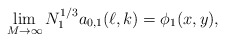
\begin{align*}\lim_{M\to\infty} N_1^{1/3}a_{0,1}(\ell,k)=\phi_1(x,y),\end{align*}